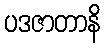
ပဒဇာတာနိ